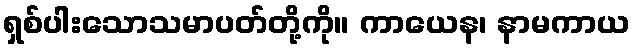
ရှစ်ပါးသောသမာပတ်တို့ကို။ ကာယေန၊ နာမကာယ